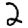
Digit: 2